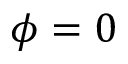
\phi = 0